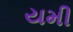
યમી